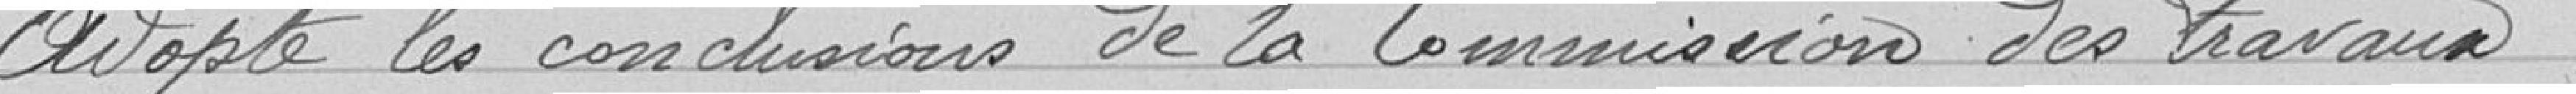
Adopte les conclusions de la Commission des travaux,